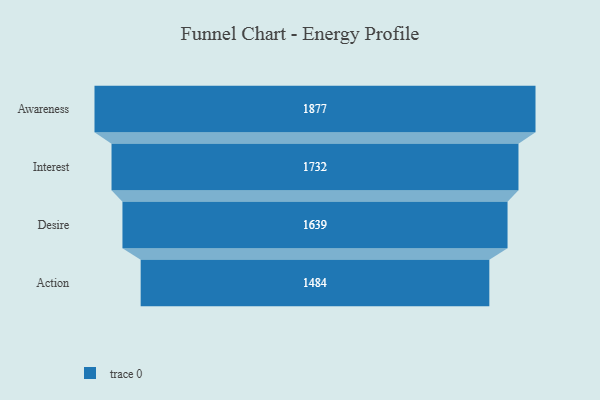
{"axis": {"x": "Stage", "y": "Value"}, "legend": [""], "data": [{"x": "Awareness", "y": 1877.0, "type": ""}, {"x": "Interest", "y": 1732.0, "type": ""}, {"x": "Desire", "y": 1639.0, "type": ""}, {"x": "Action", "y": 1484.0, "type": ""}]}